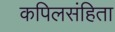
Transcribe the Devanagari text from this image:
कपिलसंहिता